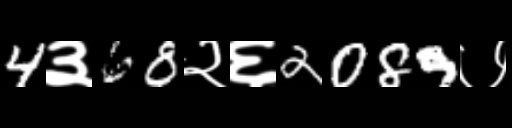
Text: 4३68२६2089७